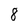
Character: 8